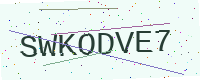
Text: SWKODVE7